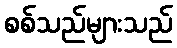
စစ်သည်များသည်